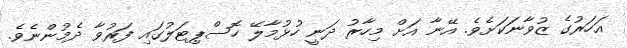
އަހަރުގެ ޒުވާނަކަށެވެ. އޭނާ އަށް މިހާރު ދަނީ ހުޅުމާލޭ ހޮސްޕިޓަލުގައި ފަރުވާ ދެމުންނެވެ.